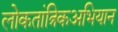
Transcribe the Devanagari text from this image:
लोकतांत्रिकअभियान